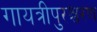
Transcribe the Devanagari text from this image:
गायत्रीपुरश्चरण